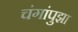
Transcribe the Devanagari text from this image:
चंगांपुझा